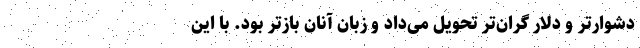
دشوارتر و دلار گران‌تر تحویل می‌داد و زبان آنان بازتر بود. با این